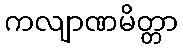
ကလျာဏမိတ္တာ